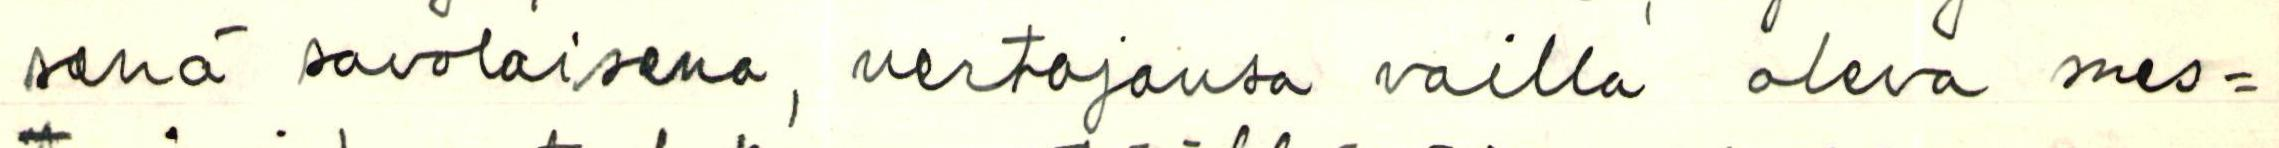
senä savolaisen, vertojansa vailla oleva mes=